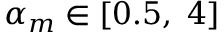
\alpha _ { m } \in [ 0 . 5 , \ 4 ]